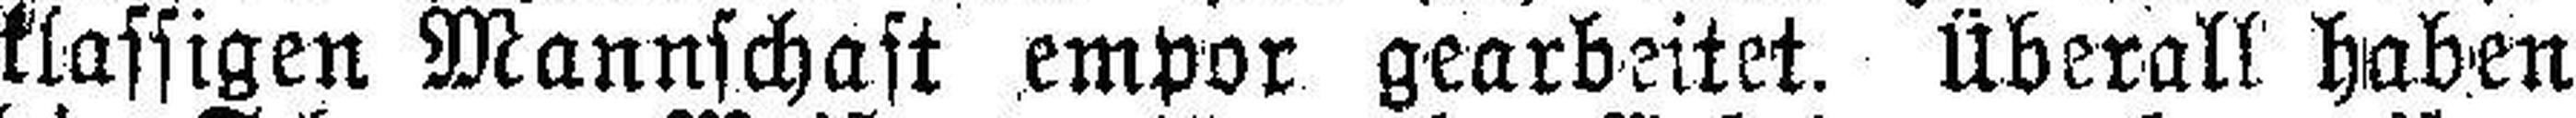
klassigen Mannschaft empor gearbeitet. Überall haben